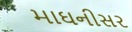
માઘનીસર